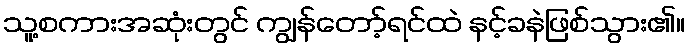
သူ့စကားအဆုံးတွင် ကျွန်တော့်ရင်ထဲ နင့်ခနဲဖြစ်သွား၏။